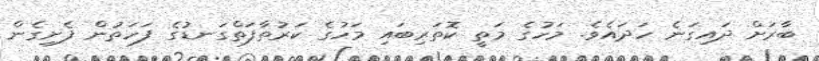
ބާރަށް ދައިގަނެ ހަދައެވެ. މަހުގެ މަތީ ކޮތަރިބައި މަހުގެ ކަރުތާފަތްގަނޑުގެ ފަހަތުން ފެށިގެން